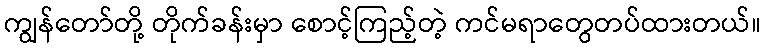
ကျွန်တော်တို့ တိုက်ခန်းမှာ စောင့်ကြည့်တဲ့ ကင်မရာတွေတပ်ထားတယ်။